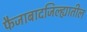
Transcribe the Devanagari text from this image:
फैजाबादजिल्ह्यातील